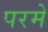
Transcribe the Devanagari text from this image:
परमे